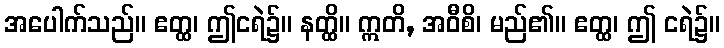
အပေါက်သည်။ ဧတ္ထ၊ ဤငရဲ၌။ နတ္ထိ။ ဣတိ, အဝီစိ၊ မည်၏။ ဧတ္ထ၊ ဤ ငရဲ၌။